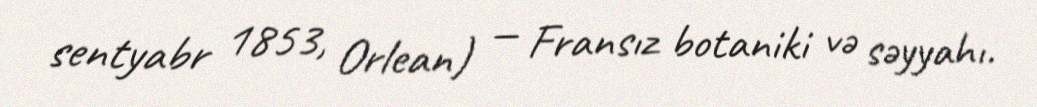
sentyabr 1853, Orlean) — Fransız botaniki və səyyahı.